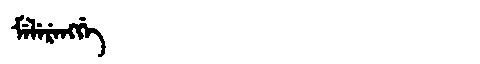
Manchu: ᠮᡝᠯᡝᡵᡝᠩᡤᡝ
Romanization: MELERENGGE